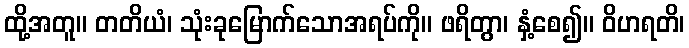
ထို့အတူ။ တတိယံ၊ သုံးခုမြောက်သောအရပ်ကို။ ဖရိတွာ၊ နှံ့စေ၍။ ဝိဟရတိ၊